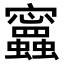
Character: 𧕝